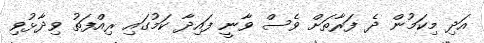
އަދި މިކަމުން ދެ ފަރާތަށް ވެސް ވާނީ ފައިދާ ކަމުގައި ރިއްފަތު ވިދާޅުވި